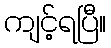
ကျင့်ရပြီ။